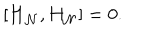
LaTeX: \left[ { \bf H } _ { \cal N } , H _ { \cal N } \right] = 0 .